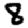
Digit: 8